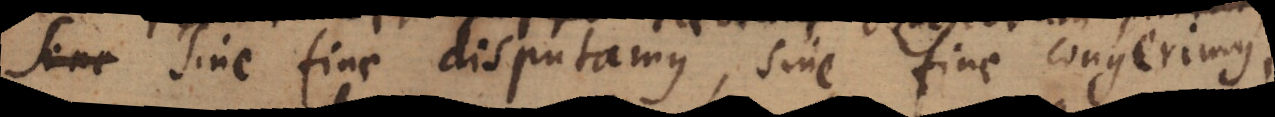
Sene Sine fine disputamus, sine fine congerimus,